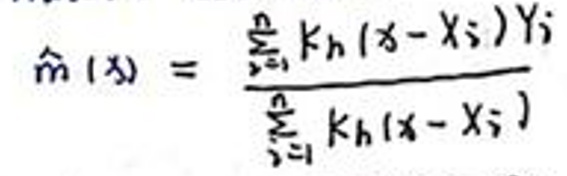
$\hat{m}(x)=\frac{\sum_{i=1}^{n} k_{h}(x-x_{i}) y_{i}}{\sum_{i=1}^{n} k_{h}(x-x_{i})}$